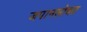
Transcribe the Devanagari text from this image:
जपानसोबत